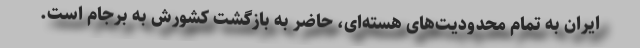
ایران به تمام محدودیت‌های هسته‌ای، حاضر به بازگشت کشورش به برجام است.